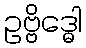
ဥဗ္ဗိဒ္ဓေါ